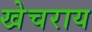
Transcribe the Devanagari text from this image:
खेचराय